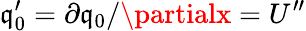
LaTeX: \mathfrak{q}_{0}^{\prime}=\partial\mathfrak{q}_{0}/\partialx=U^{\prime\prime}